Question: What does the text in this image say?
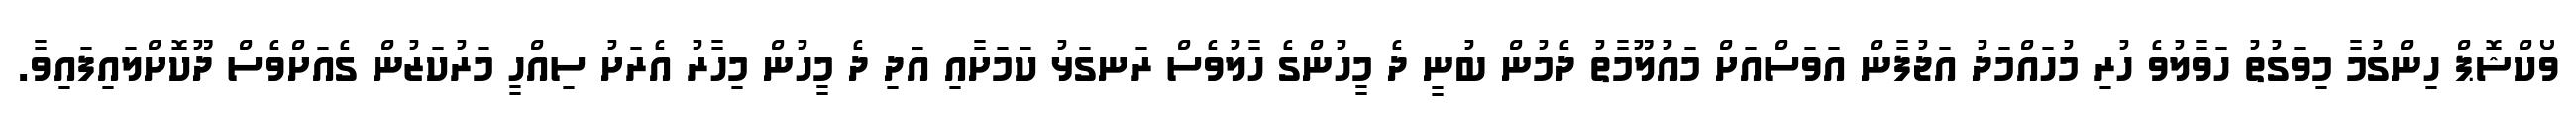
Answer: ވޯކްޝޮޕް ހިންގުމާ މިވަގުތު ހަވާލުވެ ހުރި މުހައްމަދު އަޖުފާން އަވަސްއަށް މައުލޫމާތު ދެމުން ބުނީ ދެ މީހުންގެ ހާލުވެސް ރަނގަޅު ކަމަށާއި އަދި ދެ މީހުން މިހާރު އެރަށު ސިއްހީ މަރުކަޒުން ގެއަށްވެސް ދޫކޮށްލައިފައިވާ.